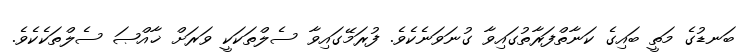
ބަނޑުގެ މަތީ ބައިގެ ކަނާތްފަރާތުގައިވާ ގުނަވަނެކެވެ. ފުރަމޭގައިވާ ސެލްތަކަކީ ވަރަށް ޚާއްޞަ ސެލްތަކެކެވެ.